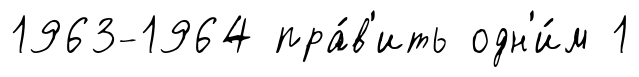
1963-1964 пра́в'ить одн'и́м 1